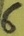
Text: 6